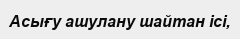
Асығу ашулану шайтан ісі,